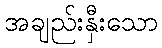
အချည်းနှီးသော